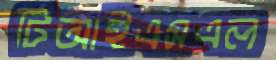
টিআইএসএল